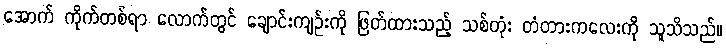
အောက် ကိုက်တစ်ရာ လောက်တွင် ချောင်းကျဉ်းကို ဖြတ်ထားသည့် သစ်တုံး တံတားကလေးကို သူသိသည်။